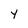
Character: Y